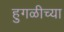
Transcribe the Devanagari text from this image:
हुगळीच्या